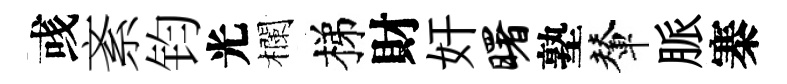
彧紊钧光欄梯財奸曙塾輦脈寨